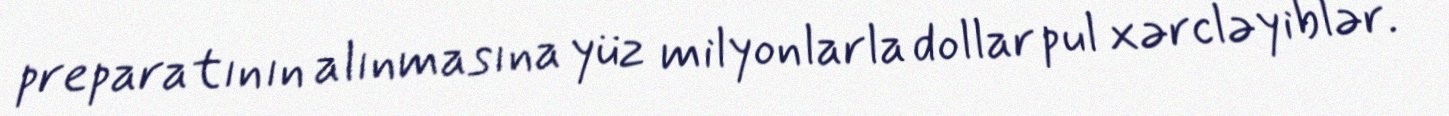
preparatının alınmasına yüz milyonlarla dollar pul xərcləyiblər.